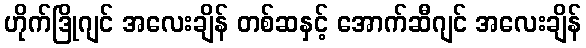
ဟိုက်ဒြိုဂျင် အလေးချိန် တစ်ဆနှင့် အောက်ဆီဂျင် အလေးချိန်